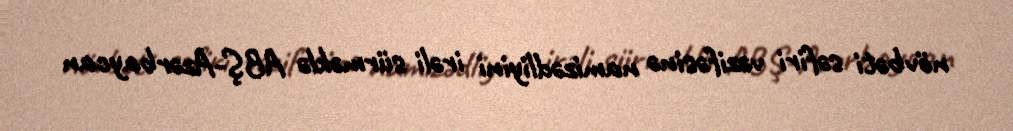
növbəti səfiri vəzifəsinə namizədliyini irəli sürməklə ABŞ-Azərbaycan